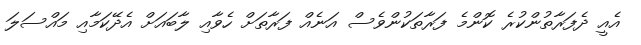
އެއީ ދެފަރާތުންކުރެ ކޮންމެ ފަރާތަކުންވެސް އަނެއް ފަރާތަށް ހެވާއި ލާބައަށް އެދޭކަމާއި މައްސަލަ